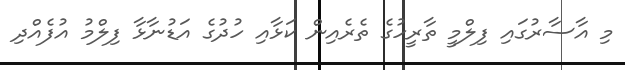
މި އާސާރުގައި ފިލްމީ ތާރީހުގެ ތެރެއިން ކަޅާއި ހުދުގެ އަޑުނާޅާ ފިލްމު އުފެއްދި